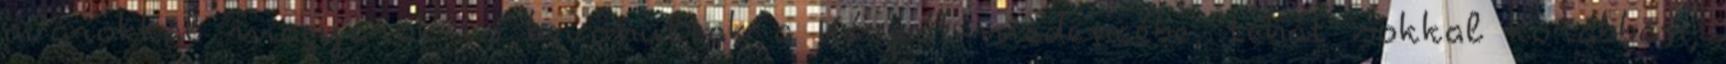
avarokkal magyarok is bevonultak a Kárpát-medencébe, tehát sokkal korábban,